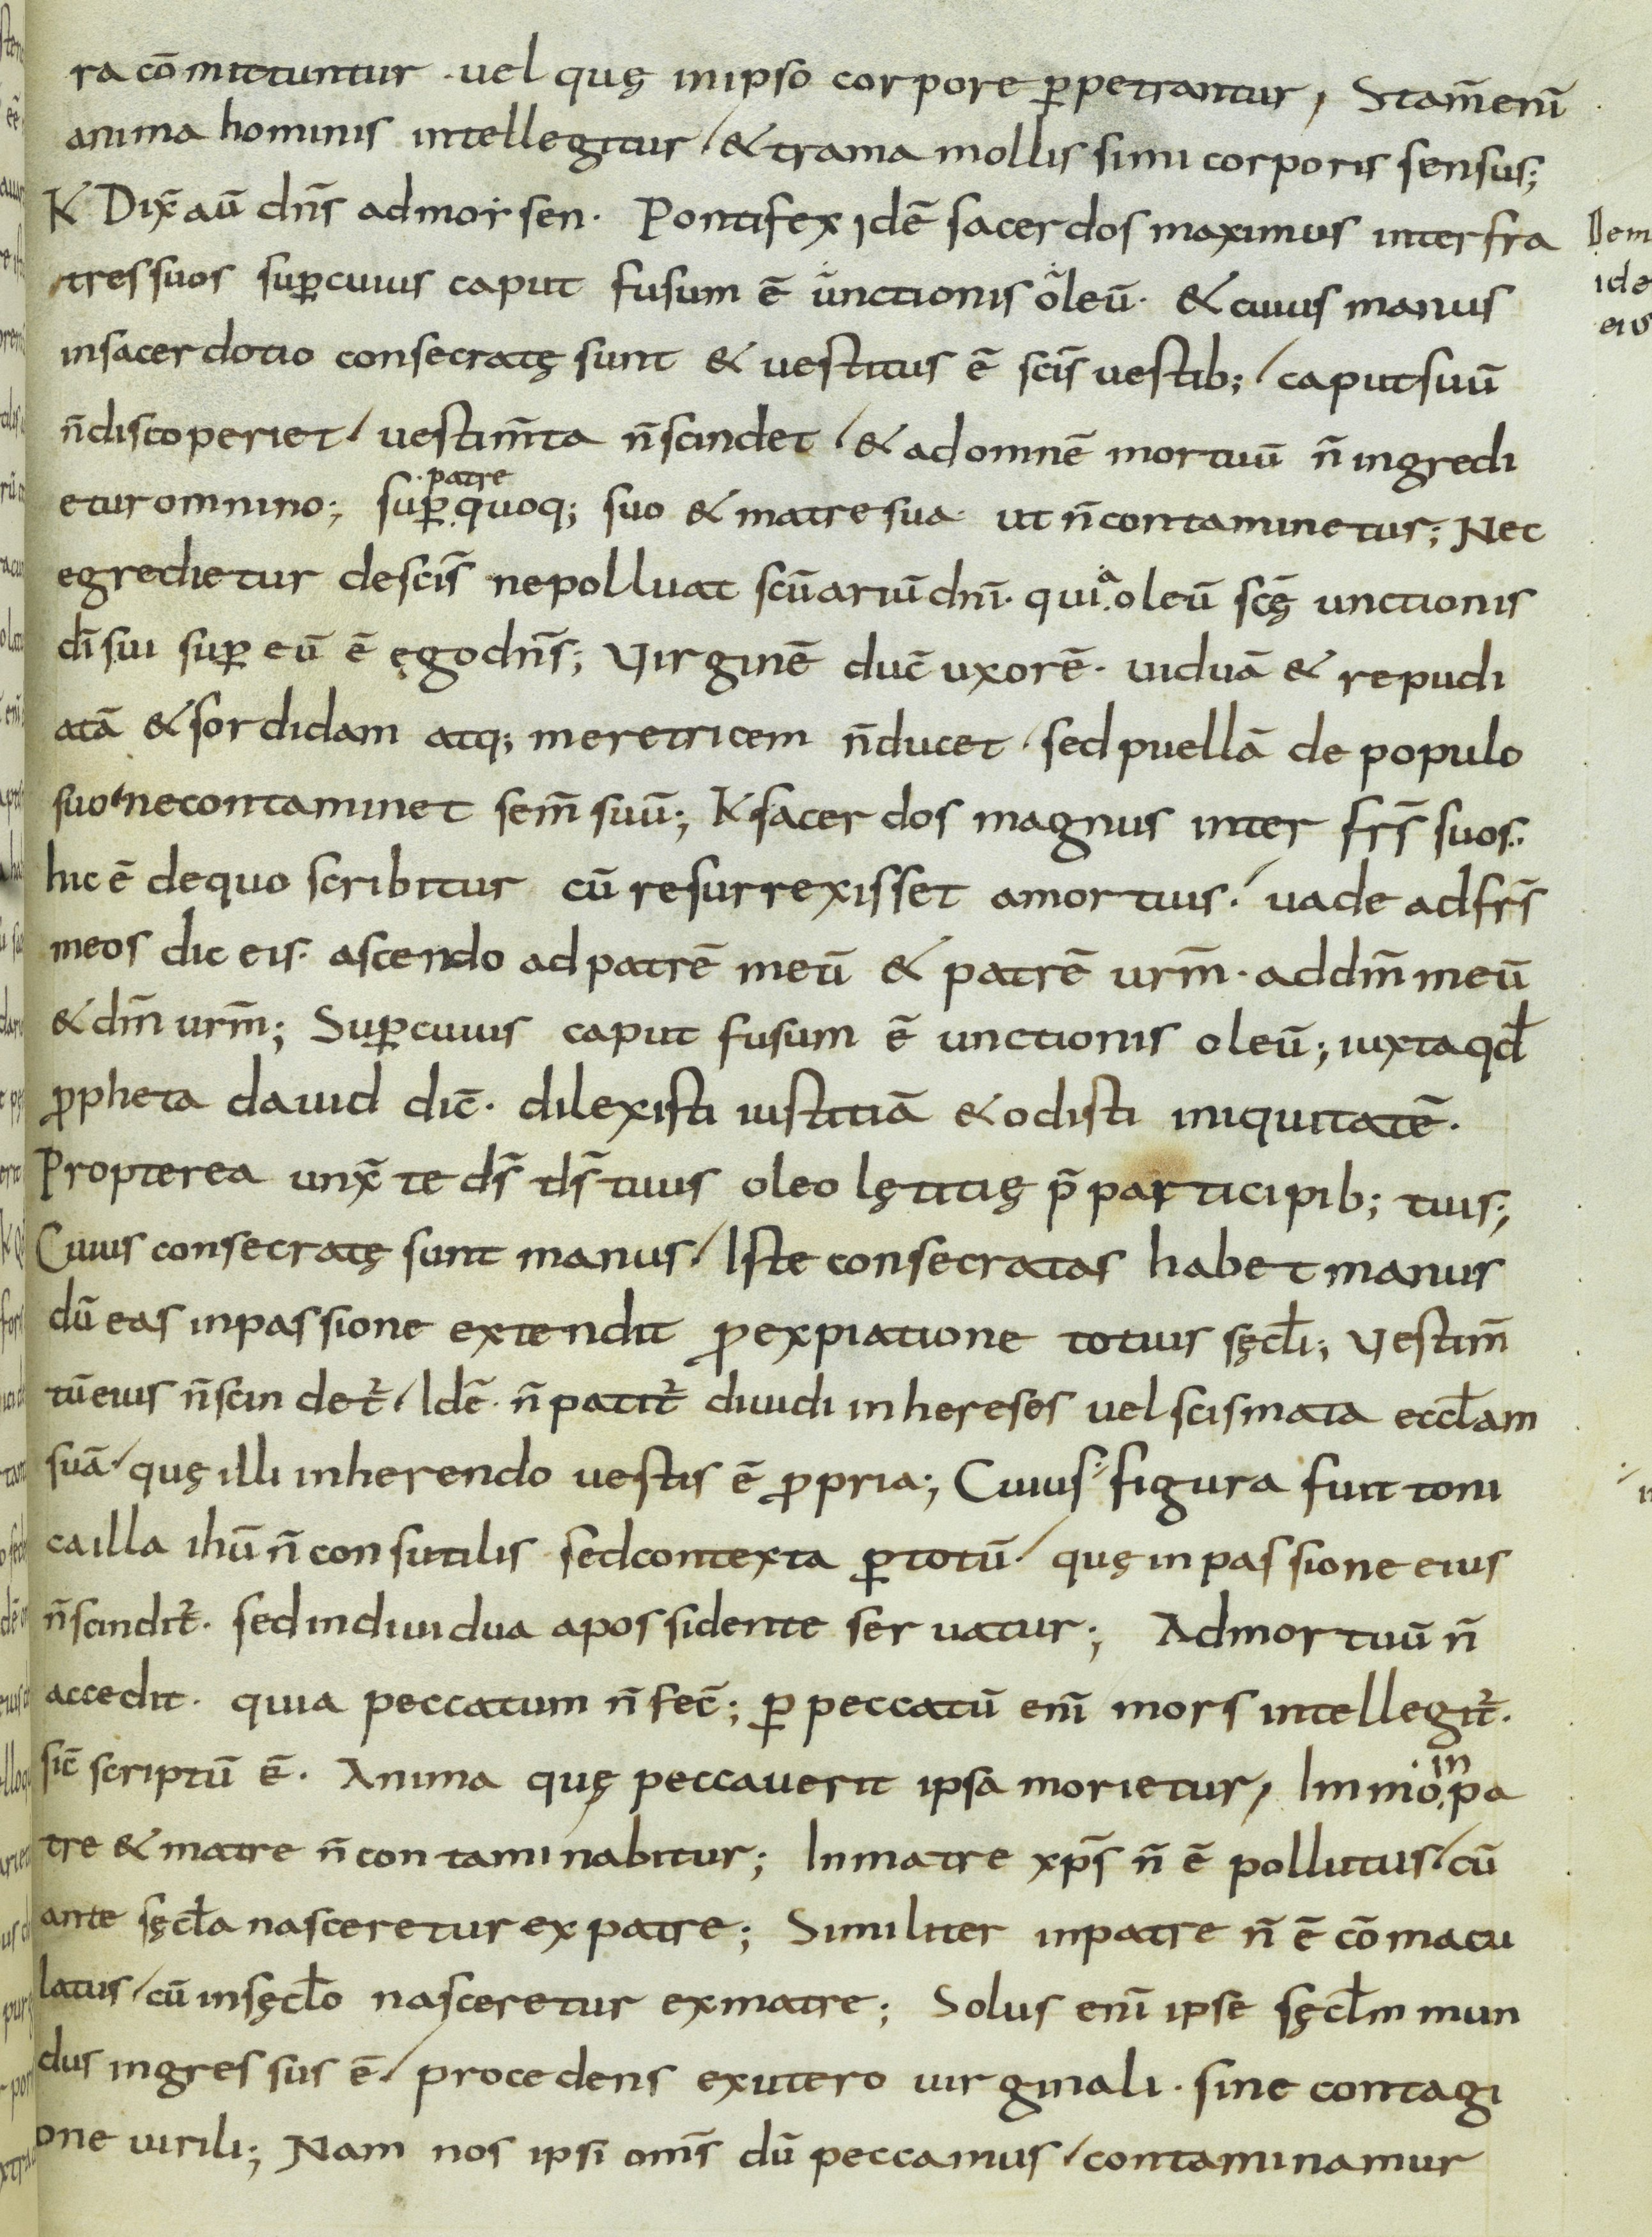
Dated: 800–899